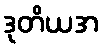
ဒုတိယအ